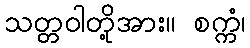
သတ္တဝါတို့အား။ စက္ကံ၊